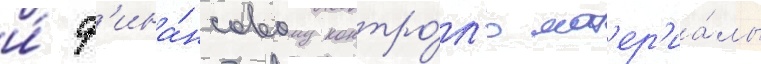
и́ ф'ина́нсовому контро́л'ю мат'ер'иа́лы